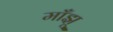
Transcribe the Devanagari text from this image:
माँझू